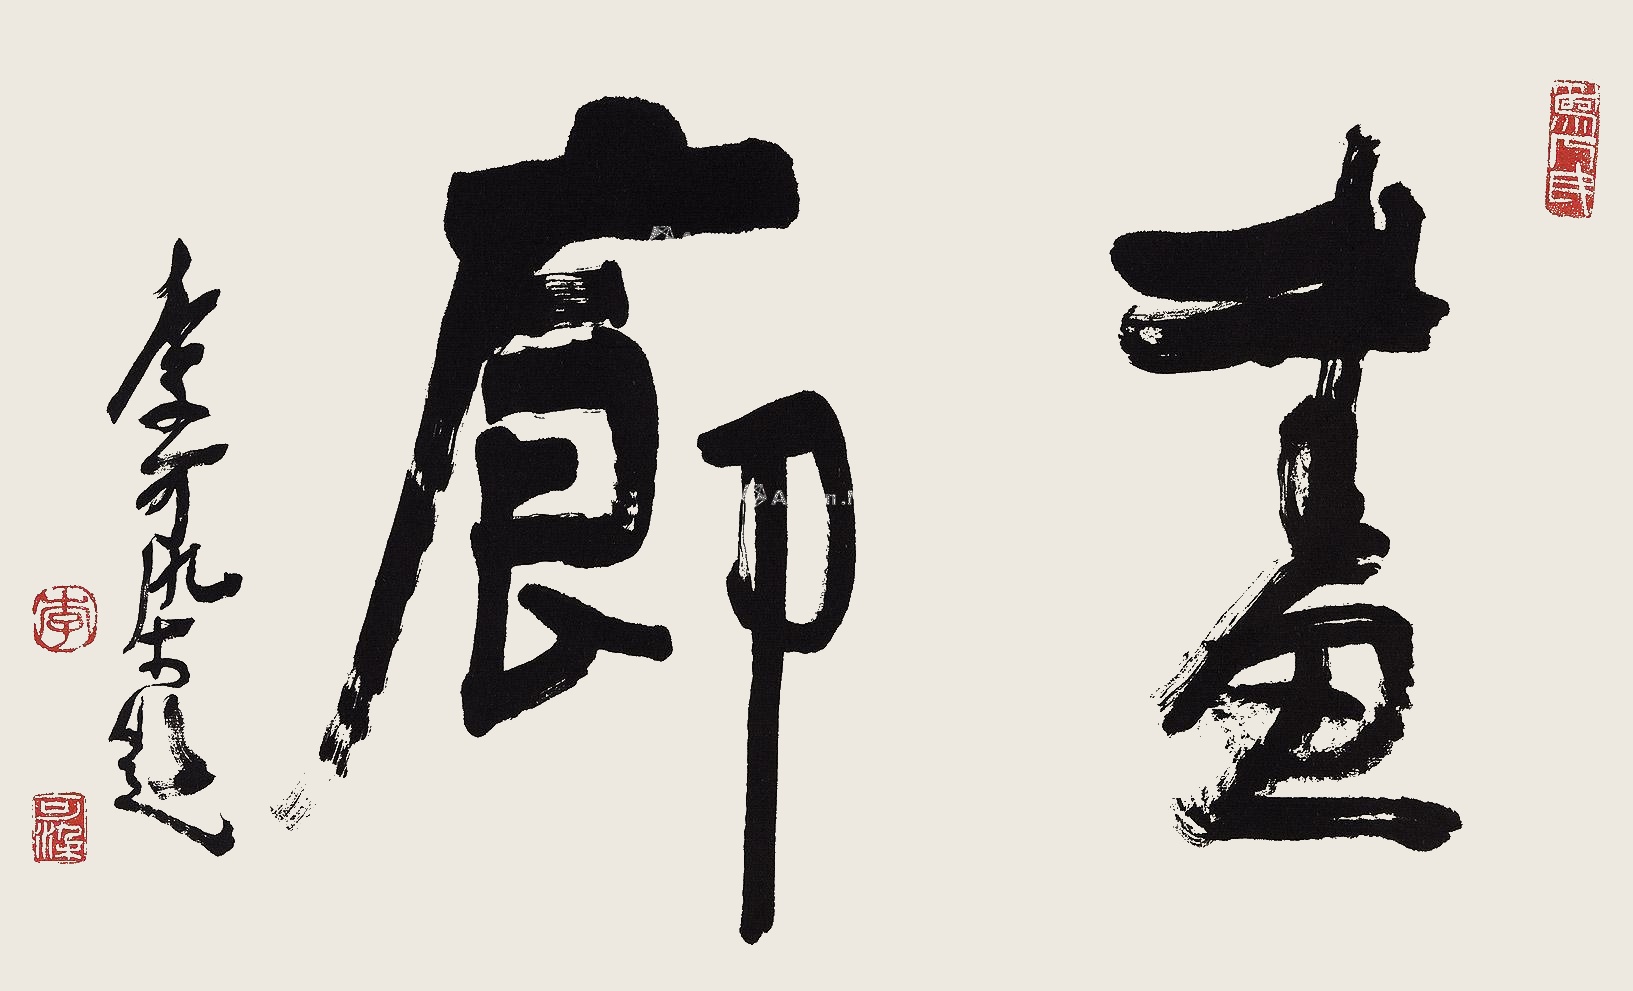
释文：画廊李可染题。